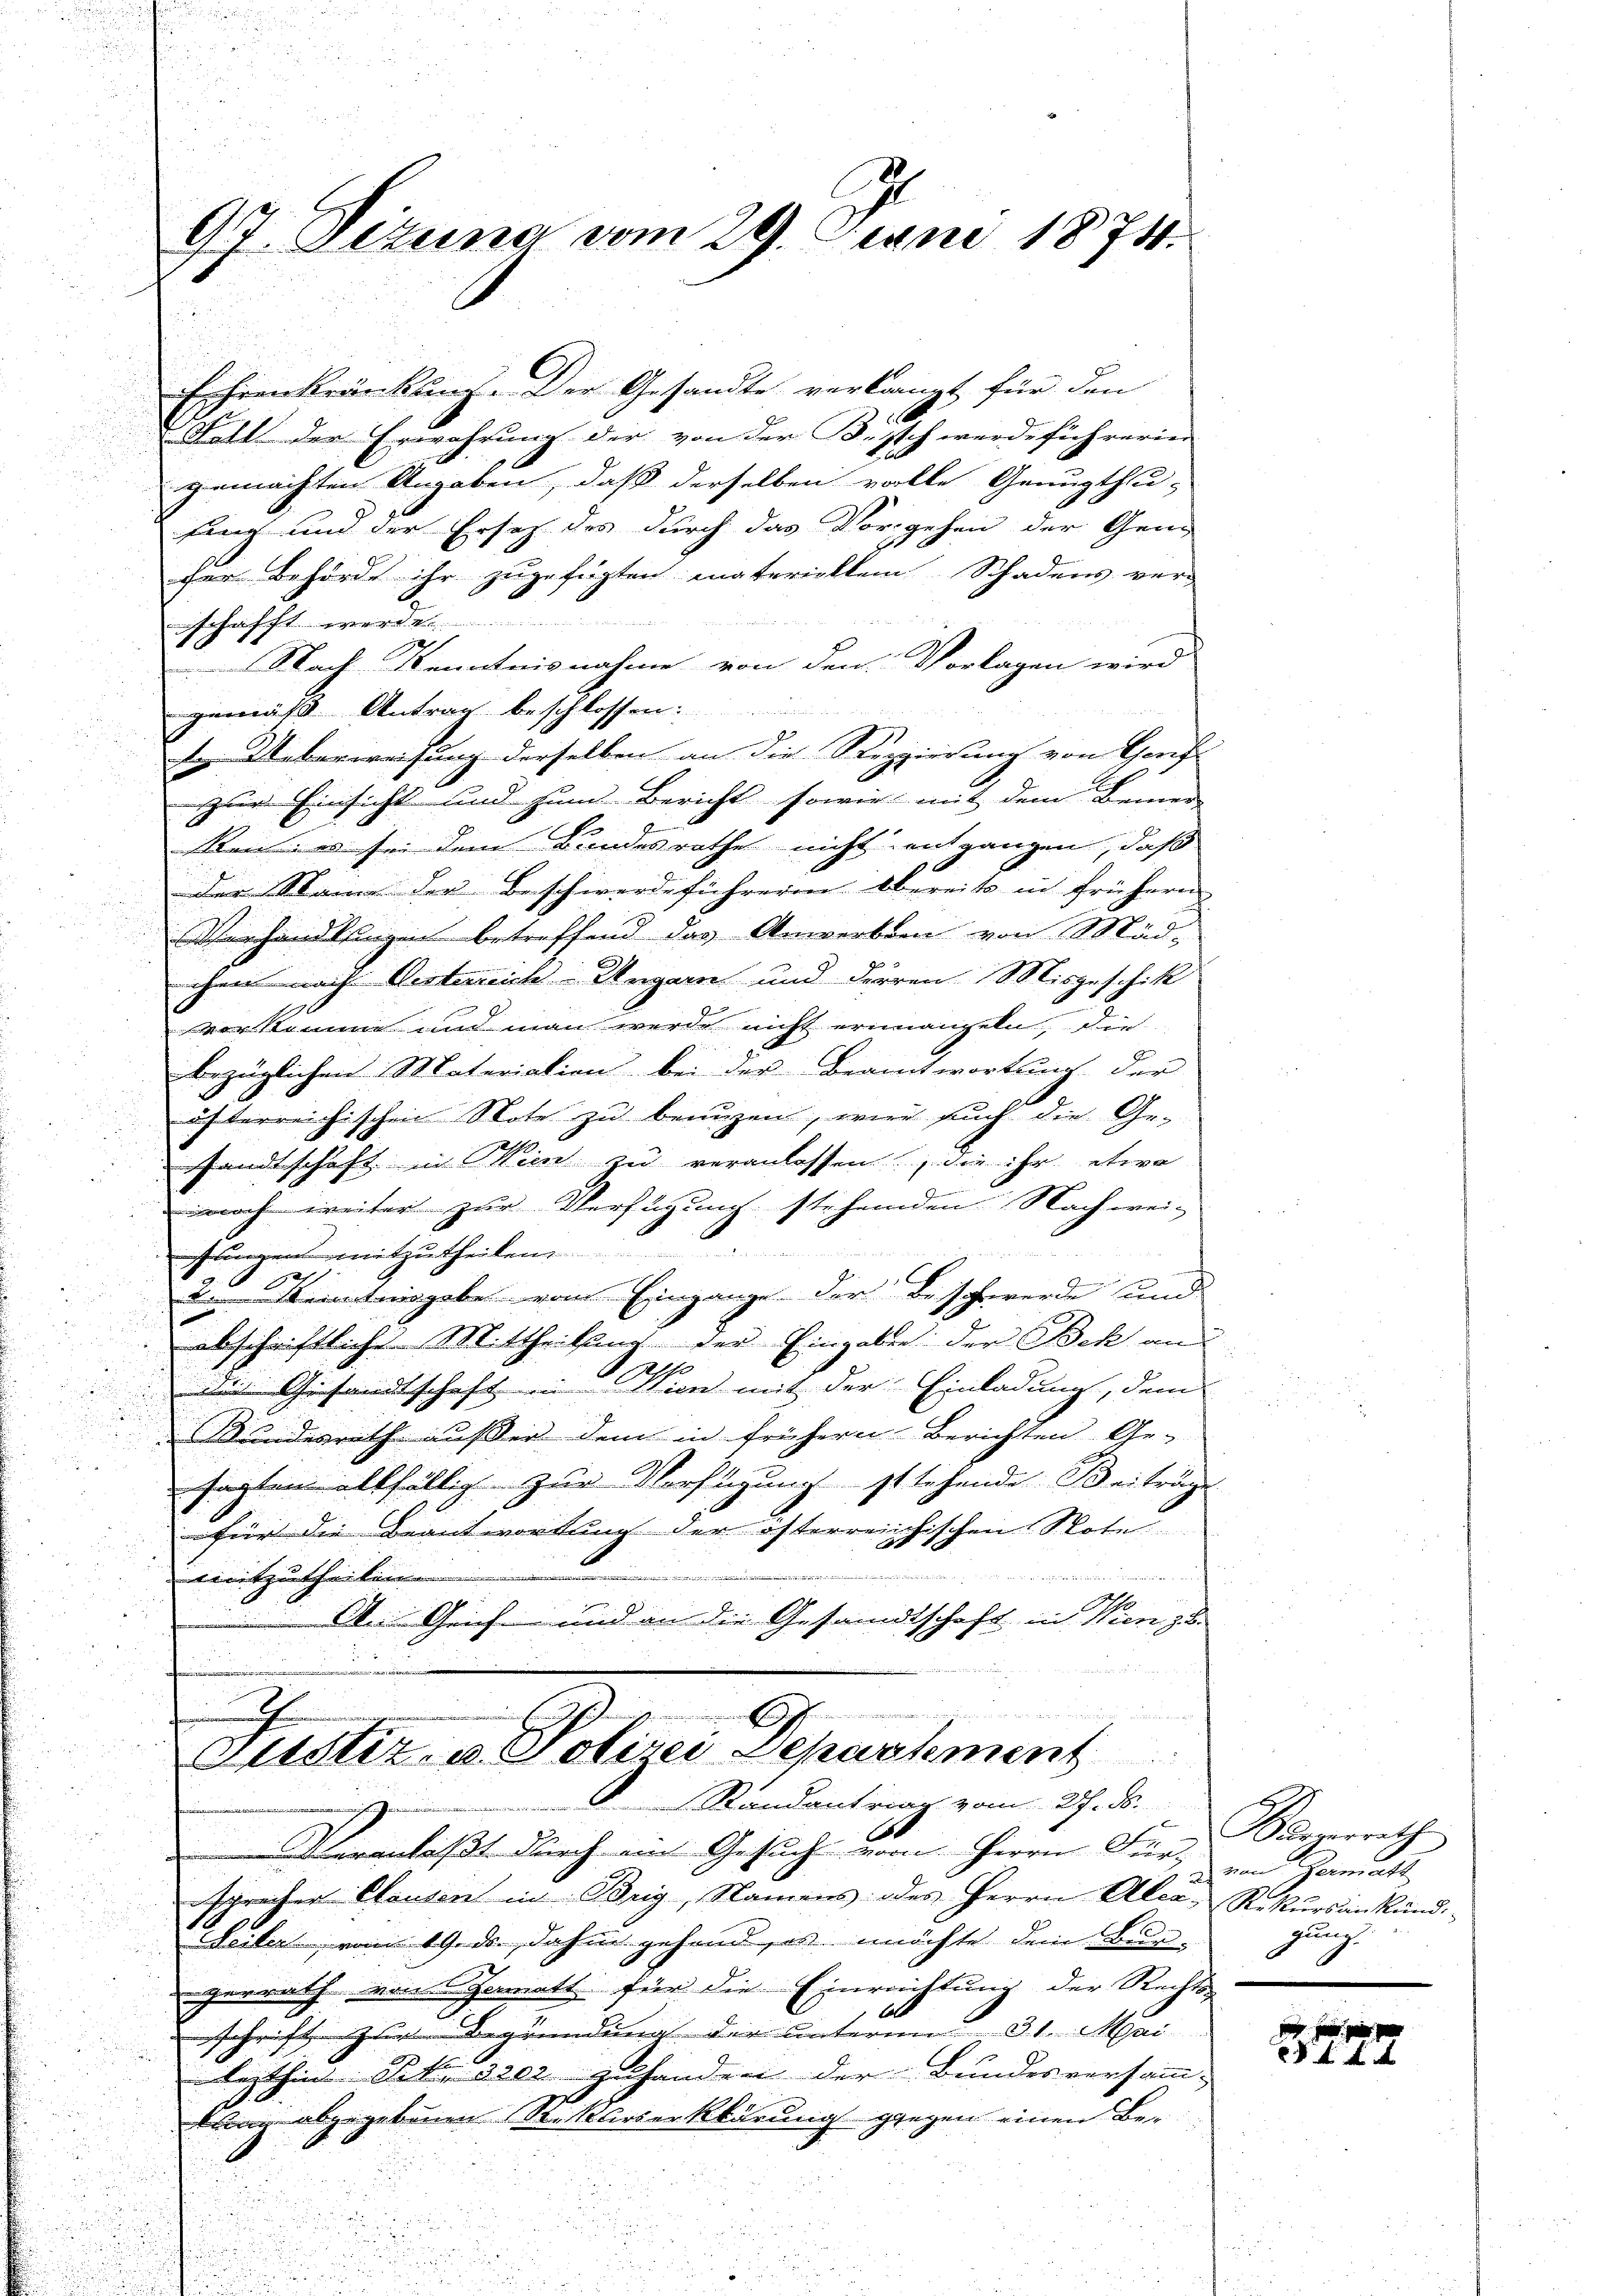
97. Dezuna vom 29. Juni 1874.

Ehrenkränkung. Der Gesandte verlangt für den
Statt der Erwährung der von der B. Ich werdeführerin
gemachten Angaben, daß derselben volle Genugthu-
fang und der Ersatz des durch das Vorgehen der Gene
fer behörde ihr zugefügten materioktem Schadens ver-
schafft werde.
Nach Kenntnisnahme von den Vorlagen wird
gemäß Antrag beschlossen
1. Ueberweisung derselben an die Reppierung von Genf
zur Einsicht und zum Bericht sowie mit dem Bennern
Ren: es sei dem Bundesrathe nicht entgangen, daß
der Name der Beschwerdeführeren Obereits in frühern
Vorhandlungen betreffend das Anwerben von Mäd-
chen nach Oesterrich-Ungarn und derren Misgeschik
vorkomme und man werde nicht erinanzeln, die

bezüglichen Materiation bei der Beantwortung der
öfterreichischen Note zu beunzen, wie such die Ge-
sandtschaft in Wien zu veranlassen, die ihr etwa
noch weiter zur Verfügung stehenden Nachwei-

uungen mitzutheilen.
e
3 Kenntnisgabe vom Eingange der Beschwerde und
u
abschriftliche Mittheilung der Eingaben der Bek an
die Gesandtschaft in Wien mit der Einladung, dem

Bundesrath ausser dem in frühern Berichten Ge-

sartem allfällig zur Verfügung stehende Beiträge
für die Beantwortung der österreichischen Note
d
eitzutheilen |
An Geich und an die Gesandtschaft in Wien zu.

n
J
E
Zustiz- u. Polizei Departement
Randantrag vom 21. ds.

Veranlaßt durch am Gesuch vom Herrn Für, von Garmatt
spracher Hausen in Brig, Namens des Herrn Aber, Rekursankünd-
Seiler vom 19. ds. dahin gehend, u. möchte dem Bun-
2
gerrath von Gematt für die Einreittung der Rechts-
b
schrift zur Begründung der unterm 31. Mai
lezthin Art der zuhanden der Bundesversamm-
kan abgegebenen Rekurserklärung gegen einen Be¬

Karzerrath
22
gung
.

f 8 x